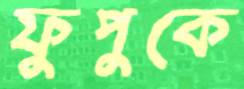
ফুপুকে